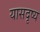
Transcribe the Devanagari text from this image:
यासदृष्य